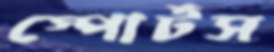
স্পোর্টস